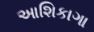
આશિકાગા